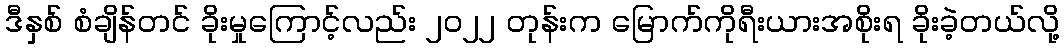
ဒီနှစ် စံချိန်တင် ခိုးမှုကြောင့်လည်း ၂၀၂၂ တုန်းက မြောက်ကိုရီးယားအစိုးရ ခိုးခဲ့တယ်လို့